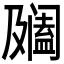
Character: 𨸍